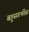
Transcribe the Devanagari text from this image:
बहुसगर्भतेस